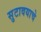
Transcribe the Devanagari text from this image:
सुटावयाचे